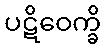
ပဋိဝေက္ခိ